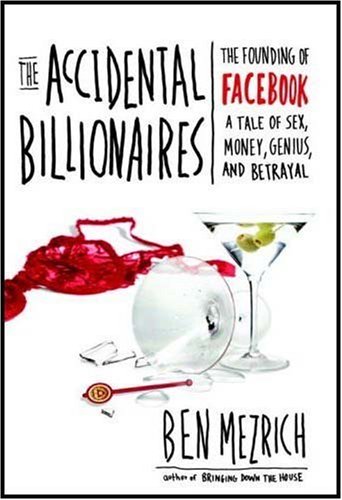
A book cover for The Accidental Billionaires: The Founding of Facebook: A Tale of Sex, Money, Genius and Betrayal A Tale of Sex, Money, Genius and Betrayal; Ben Mezrich; Computers & Technology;